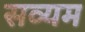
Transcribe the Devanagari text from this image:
सव्यम